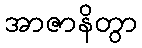
အာဇာနိတွာ